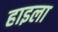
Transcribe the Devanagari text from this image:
हाइला